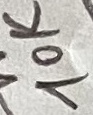
Text: 10K